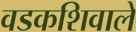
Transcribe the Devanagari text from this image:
वडकशिवाले